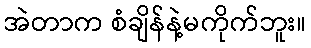
အဲတာက စံချိန်နဲ့မကိုက်ဘူး။